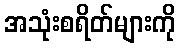
အသုံးစရိတ်များကို